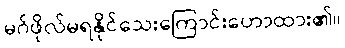
မဂ်ဖိုလ်မရနိုင်သေးကြောင်းဟောထား၏။